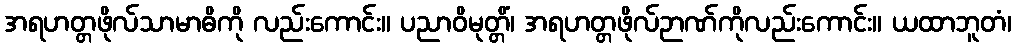
အရဟတ္တဖိုလ်သာမာဓိကို လည်းကောင်း။ ပညာဝိမုတ္တိံ၊ အရဟတ္တဖိုလ်ဉာဏ်ကိုလည်းကောင်း။ ယထာဘူတံ၊